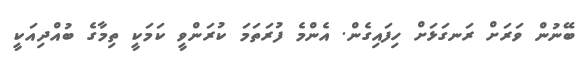
ބޭނުން ވަރަށް ރަނގަޅަށް ހިފައިގެން. އެންމެ ފުރަތަމަ ކުރަންވީ ކަމަކީ ތިމާގެ ބުއްދިއަކީ